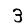
Digit: 3